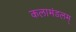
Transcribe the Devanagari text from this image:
कलामंडलम्‌